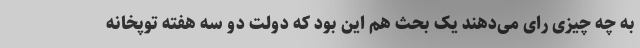
به چه چیزی رای می‌دهند یک بحث هم این بود که دولت دو سه هفته توپخانه